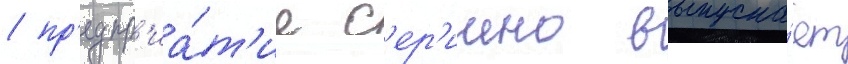
/ пр'едпр'иа́т'ие с'ер'иино выпуска́ет